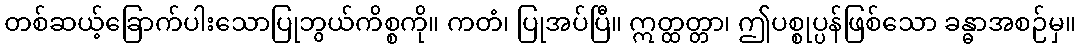
တစ်ဆယ့်ခြောက်ပါးသောပြုဘွယ်ကိစ္စကို။ ကတံ၊ ပြုအပ်ပြီ။ ဣတ္ထတ္တာ၊ ဤပစ္စုပ္ပန်ဖြစ်သော ခန္ဓာအစဉ်မှ။